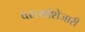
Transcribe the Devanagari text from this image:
वस्त्यांशेजारी